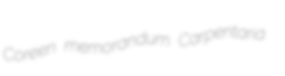
Coreen memorandum Carpentaria